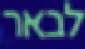
לבאר